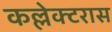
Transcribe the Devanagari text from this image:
कल्लेक्टरास